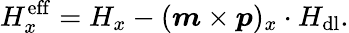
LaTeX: H_{x}^{\mathrm{eff}}=H_{x}-(\boldsymbol{m}\times\boldsymbol{p})_{x}\cdot H_{\mathrm{dl}}.